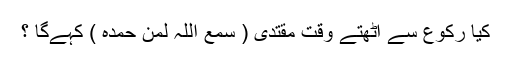
كيا ركوع سے اٹھتے وقت مقتدى ( سمع اللہ لمن حمدہ ) كہےگا ؟